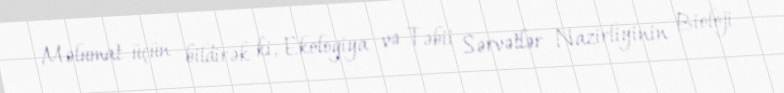
Məlumat üçün bildirək ki, Ekologiya və Təbii Sərvətlər Nazirliyinin Bioloji